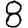
Digit: 8